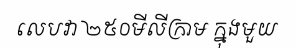
លេបវា ២៥០មីលីក្រាម ក្នុងមួយ